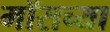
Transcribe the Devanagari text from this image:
मॉसच्या